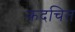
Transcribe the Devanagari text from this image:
कदचित